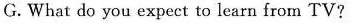
G.What do you expect to learn from TV?